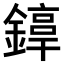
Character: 𨫚